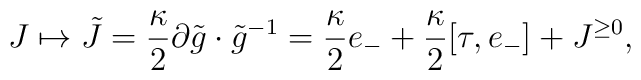
J\mapsto \tilde J = \frac{\kappa}{2} \partial\tilde g \cdot\tilde g ^{-1} = \frac{\kappa}{2} e_- + \frac{\kappa}{2} [\tau, e_-] +  J^{\geq 0} ,